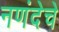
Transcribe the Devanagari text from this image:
नणंदेचे